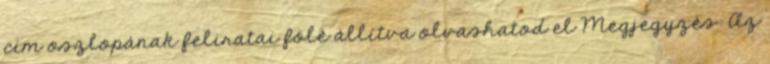
cím oszlopának feliratai fölé állítva olvashatod el Megjegyzés: Az